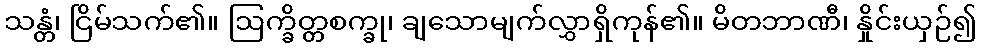
သန္တံ၊ ငြိမ်သက်၏။ ဩက္ခိတ္တစက္ခု၊ ချသောမျက်လွှာရှိကုန်၏။ မိတဘာဏီ၊ နှိုင်းယှဉ်၍